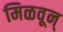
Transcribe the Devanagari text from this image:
मिळवून्